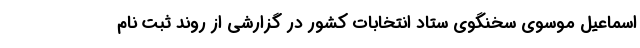
اسماعیل موسوی سخنگوی ستاد انتخابات کشور در گزارشی از روند ثبت نام